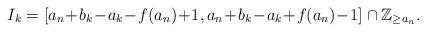
LaTeX: \begin{align*}I_k = [a_n\!+\!b_k\!-\!a_k\! -\! f(a_n)\! +\! 1,a_n\!+\!b_k\!-\!a_k\! +\! f(a_n)\! -\! 1] \cap \mathbb{Z}_{\geq a_n}. \end{align*}